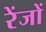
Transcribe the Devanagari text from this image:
रेंजों